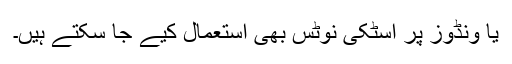
یا ونڈوز پر اسٹکی نوٹس بھی استعمال کیے جا سکتے ہیں۔